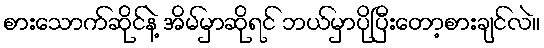
စားသောက်ဆိုင်နဲ့ အိမ်မှာဆိုရင် ဘယ်မှာပိုပြီးတော့စားချင်လဲ။